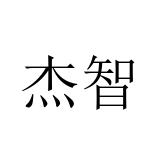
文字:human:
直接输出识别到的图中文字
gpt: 杰智